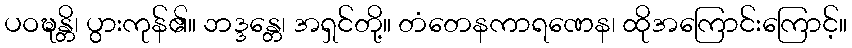
ပဝဍ္ဎန္တိ၊ ပွားကုန်၏။ ဘဒ္ဒန္တေ၊ အရှင်တို့။ တံတေနကာရဏေန၊ ထိုအကြောင်းကြောင့်။